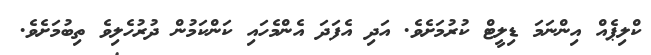
ކްލިޕެއް އިންނަމަ ޑިލީޓް ކުރުމަށެވެ. އަދި އެފަދަ އެންމެހައި ކަންކަމުން ދުރުހެލިވެ ތިބުމަށެވެ.